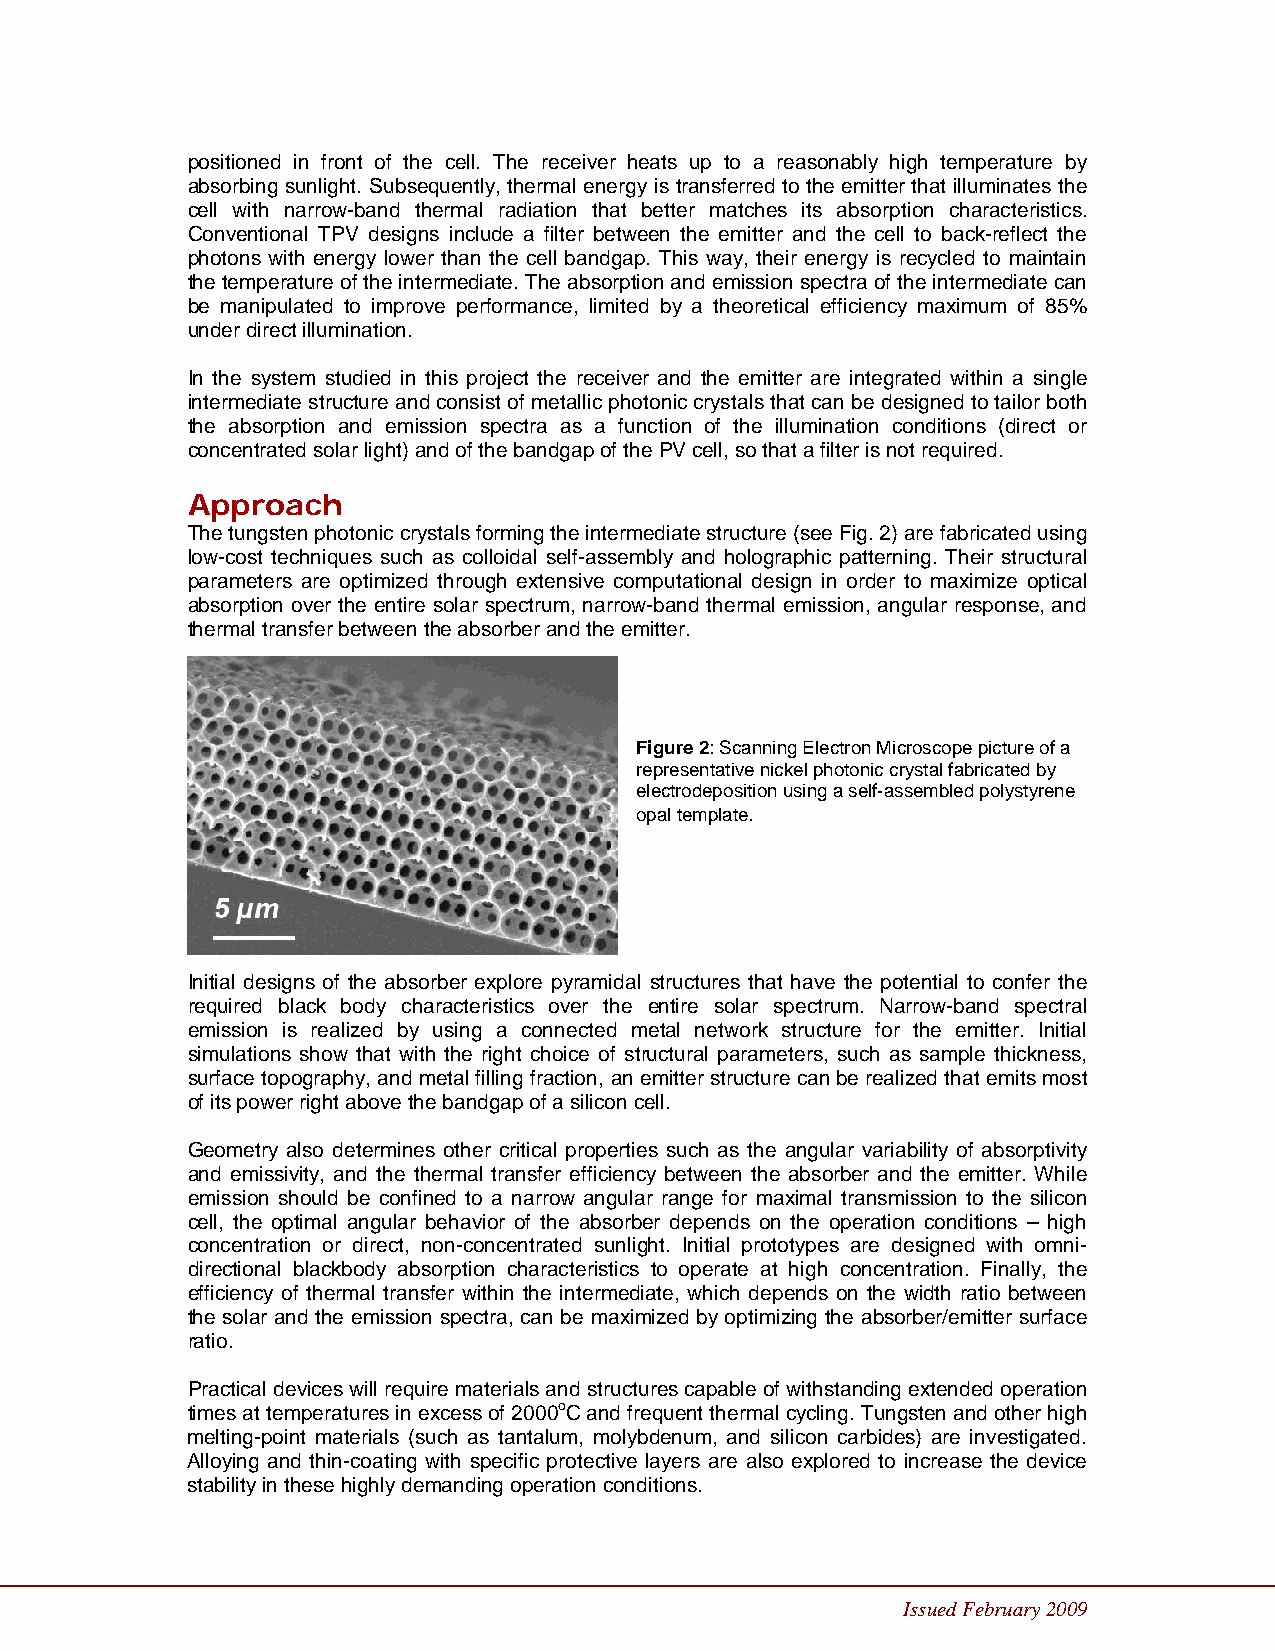
positioned in front of the cell. The receiver heats up to a reasonably high temperature by
 absorbing sunlight. Subsequently, thermal energy is transferred to the emitter that illuminates the
 cell with narrow-band thermal radiation that better matches its absorption characteristics.
 Conventional TPV designs include a filter between the emitter and the cell to back-reflect the
 photons with energy lower than the cell bandgap. This way, their energy is recycled to maintain
 the temperature of the intermediate. The absorption and emission spectra of the intermediate can
 be manipulated to improve performance, limited by a theoretical efficiency maximum of 85%
 under direct illumination.
 In the system studied in this project the receiver and the emitter are integrated within a single
 intermediate structure and consist of metallic photonic crystals that can be designed to tailor both
 the absorption and emission spectra as a function of the illumination conditions (direct or
 concentrated solar light) and of the bandgap of the PV cell, so that a filter is not required.
 Approach
 The tungsten photonic crystals forming the intermediate structure (see Fig. 2) are fabricated using
 low-cost techniques such as colloidal self-assembly and holographic patterning. Their structural
 parameters are optimized through extensive computational design in order to maximize optical
 absorption over the entire solar spectrum, narrow-band thermal emission, angular response, and
 thermal transfer between the absorber and the emitter.
 Figure 2: Scanning Electron Microscope picture of a
 representative nickel photonic crystal fabricated by
 electrodeposition using a self-assembled polystyrene
 opal template.
 Initial designs of the absorber explore pyramidal structures that have the potential to confer the
 required black body characteristics over the entire solar spectrum. Narrow-band spectral
 emission is realized by using a connected metal network structure for the emitter. Initial
 simulations show that with the right choice of structural parameters, such as sample thickness,
 surface topography, and metal filling fraction, an emitter structure can be realized that emits most
 of its power right above the bandgap of a silicon cell.
 Geometry also determines other critical properties such as the angular variability of absorptivity
 and emissivity, and the thermal transfer efficiency between the absorber and the emitter. While
 emission should be confined to a narrow angular range for maximal transmission to the silicon
 cell, the optimal angular behavior of the absorber depends on the operation conditions – high
 concentration or direct, non-concentrated sunlight. Initial prototypes are designed with omni-
 directional blackbody absorption characteristics to operate at high concentration. Finally, the
 efficiency of thermal transfer within the intermediate, which depends on the width ratio between
 the solar and the emission spectra, can be maximized by optimizing the absorber/emitter surface
 ratio.
 Practical devices will require materials and structures capable of withstanding extended operation
 times at temperatures in excess of 2000oC and frequent thermal cycling. Tungsten and other high
 melting-point materials (such as tantalum, molybdenum, and silicon carbides) are investigated.
 Alloying and thin-coating with specific protective layers are also explored to increase the device
 stability in these highly demanding operation conditions.
 Issued February 2009